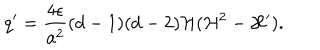
q ^ { \prime } = \frac { 4 \epsilon } { a ^ { 2 } } ( d - 1 ) ( d - 2 ) { \cal H } ( { \cal H } ^ { 2 } - { \cal H } ^ { \prime } ) .